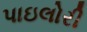
પાઇલોરી